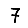
Digit: 7